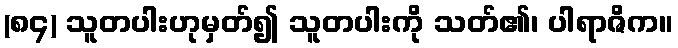
(၈၄) သူတပါးဟုမှတ်၍ သူတပါးကို သတ်၏၊ ပါရာဇိက။